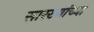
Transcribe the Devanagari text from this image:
सारख्यांच्या